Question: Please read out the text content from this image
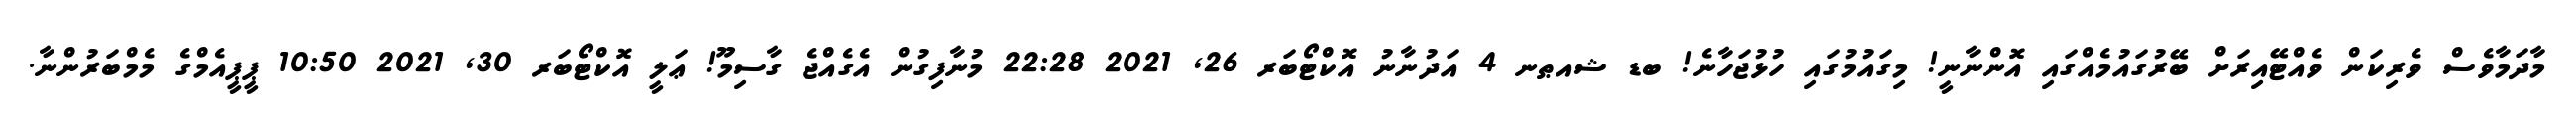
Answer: މާދަމާވެސް ވެރިކަން ވެއްޓޭއިރަށް ބޭރުގައުމެއްގައި އޮންނާނީ! މިގައުމުގައި ހުޅުޖަހާނެ! ބޑ ޝއޠނ 4 އަދުނާނު އޮކްޓޯބަރ 26, 2021 22:28 މުނާފިގުން އެގެއްޖެ ގާސިމޫ! ޢަލީ އޮކްޓޯބަރ 30, 2021 10:50 ޕީޕީއެމްގެ މެމްބަރުންނާ.